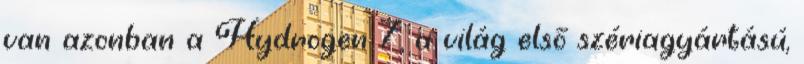
van azonban a Hydrogen 7, a világ első szériagyártású,